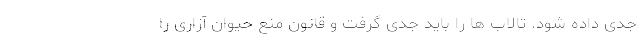
جدی داده شود. تالاب ها را باید جدی گرفت و قانون منع حیوان آزاری را